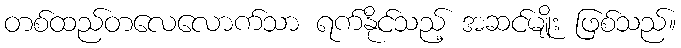
တစ်ထည်တလေလောက်သာ ရက်နိုင်သည့် အဆင်မျိုး ဖြစ်သည်။